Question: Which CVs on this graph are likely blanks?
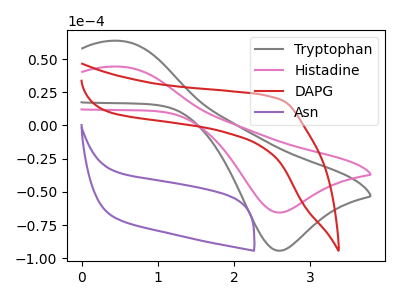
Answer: <think>The gray curve "Tryptophan" has an anodic peak at (0.50V, 63.70uA) and a cathodic peak at (2.60V, -94.35uA). The pink curve "Histadine" has an anodic peak at (0.50V, 44.30uA) and a cathodic peak at (2.60V, -65.60uA). The red curve "DAPG" has no peaks. The purple curve "Asn" has no peaks.</think>
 <answer>"DAPG" and "Asn" are likely to be blanks.</answer>
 <eval>"DAPG", "Asn"</eval>